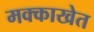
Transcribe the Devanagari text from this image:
मक्काखेत